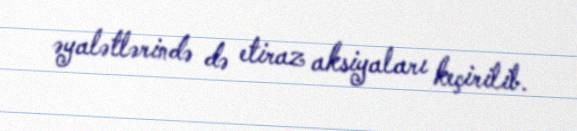
əyalətlərində də etiraz aksiyaları keçirilib.